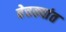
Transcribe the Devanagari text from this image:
बेचक्यांत